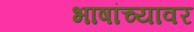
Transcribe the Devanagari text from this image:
भाषांच्यावर